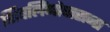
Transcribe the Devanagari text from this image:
शिवलिंगोपासना